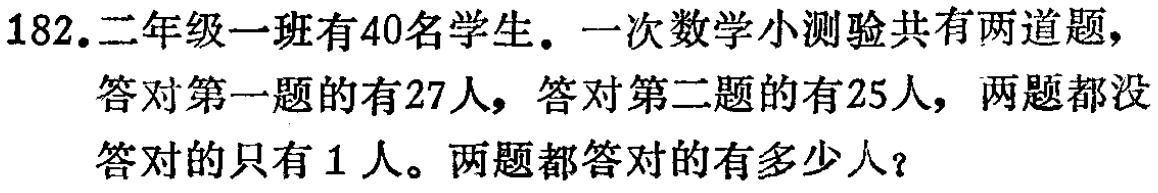
182.二年级一班有40名学生。一次数学小测验共有两道题，答对第一题的有27人，答对第二题的有25人，两题都没答对的只有1人。两题都答对的有多少人？